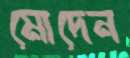
মোদেন